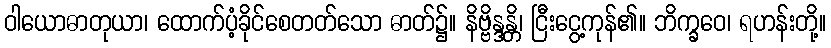
ဝါယောဓာတုယာ၊ ထောက်ပံ့ခိုင်စေတတ်သော ဓာတ်၌။ နိဗ္ဗိန္ဒန္တိ၊ ငြီးငွေ့ကုန်၏။ ဘိက္ခဝေ၊ ရဟန်းတို့။